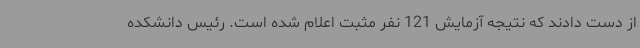
از دست دادند که نتیجه آزمایش 121 نفر مثبت اعلام شده است. رئیس دانشکده